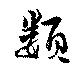
類